On the action of the venoms of the cobra (Naja tripudians) and of the daboia (Daboia russellii) on the red blood corpuscles and on the blood plasma - Number 4
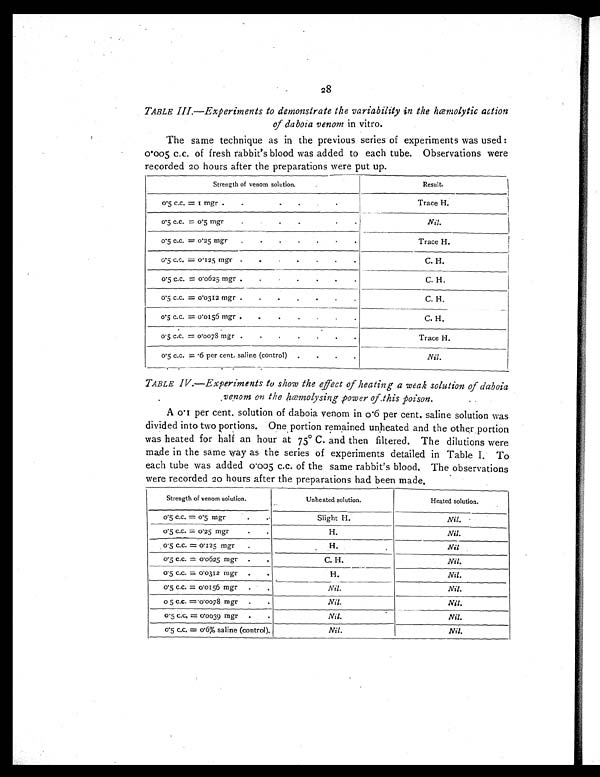
28
TABLE III.—Experiments to demonstrate the variability in the hœmolytic action
of daboia venom in vitro.
The same technique as in the previous series of experiments was used :
0.005 c.c. of fresh rabbit's blood was added to each tube. Observations were
recorded 20 hours after the preparations were put up.
Strength of venom solution.
Result.
0. 5 c. c. = 1 mgr .
. . . . .
Trace H.
0.5 c.c. = 0.5 mgr. . . .
.
.
Nil
0.5 c.c. =.0.25 mgr . . . . .
. .
Trace H.
0.5 c.c. = 0.125 mgr . .
. . .
. .
C. H.
0.5 c.c. = 0.0625 mgr . . .
. . .
C. H.
0.5 C.C. = 0.0312 mgr . . . .
. . . .
C. H.
0. 5 c. c. = 0. 0156 mgr . .
. . . . .
C. H.
0.5 c.c. = 0.0078 mgr . . .
. . . .
Trace H.
0.5 c.c. = .6 per cent. saline (control) . . . .
Nil.
TABLE IV.—Experiments to show the effect of heating a weak solution of daboia
venom on the hœmolysing power of this poison.
A 0.1 per cent. solution of daboia venom in 0.6 per cent. saline solution was
divided into two portions. One portion remained unheated and the other portion
was heated for half an hour at 75° C. and then filtered. The dilutions were
made in the same way as the series of experiments detailed in Table I. To
each tube was added 0.005 c.c. of the same rabbit's blood. The observations
were recorded 20 hours after the preparations had been made.
Strength of venom solution.
Unheated solution.
Heated solution.
0.5 c.c. = 0.5 mgr . .
Slight H.
Nil.
0.5 c.c. = 0.25 mgr . .
H.
Nil.
0.5 c.c. = 0.125 mgr .
H.
Nil
0.5 c.c. = 0.0625 mgr . .
C. H.
Nil.
0.5 c.c. = 0.0312 mgr . .
H.
Nil.
0.5 c.c. = 0.0156 mgr . .
Nil.
Nil.
0 5 c.c. = 0.0078 mgr . .
Nil.
Nil.
0.5 c.c. = 0.0039 mgr . .
Nil.
Nil.
0.5 c.c. = 0.6% saline (control).
Nil.
Nil.